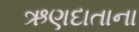
ઋણદાતાના